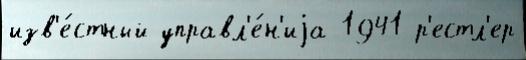
изв'е́стный управл'е́н'иjа 1941 р'естл'ер